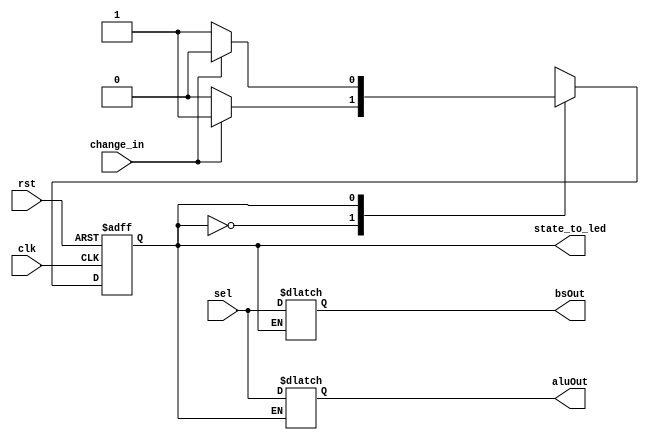
`timescale 1ns / 1ps
//////////////////////////////////////////////////////////////////////////////////
// Company: 
// 
// Design Name: 
// Module Name: Choose_OP
// Project Name: Lab8
// Target Devices: 
// Tool Versions: 
// Description: 
// 
// Dependencies: Artix-7 100T csg324
// 
// Revision:
// Revision 0.01 - File Created
// Additional Comments:
// 
//////////////////////////////////////////////////////////////////////////////////


module Choose_OP(
    input [1:0] sel,
    input  change_in,//button
    input  rst,
    input  clk,
    output reg [1:0] aluOut,bsOut,
    output wire state_to_led
    );

    reg state;
    reg next_state;
    
    assign state_to_led = state;
    always@(posedge clk or posedge rst)
        if (rst) 
            state <= 0;
        else 
            state <= next_state;
    
    always@(change_in or state)
    case (state)
        1'd0:
            begin
                if (change_in)
                    next_state <= 1;
                else 
                    next_state <= 0;
            end
        1'd1:
            begin
                if (change_in)
                    next_state <= 0;
                else 
                    next_state <= 1;
            end
    endcase
    always@(state or sel)
    begin
        if(state)
            aluOut <= sel;
        else
            bsOut <= sel;
    end
    
endmodule